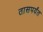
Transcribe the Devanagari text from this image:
तासपर्यंत